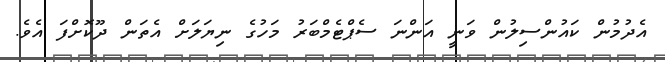
އެދުމުން ކައުންސިލުން ވަނީ އަންނަ ސެޕްޓެމްބަރު މަހުގެ ނިޔަލަށް އެތަން ދޫކޮށްފަ އެވެ.